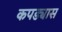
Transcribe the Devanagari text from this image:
कपड्यास